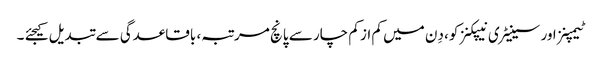
ٹیمپنز اور سینیٹری نیپکنز کو، دِن میں کم از کم چار سے پانچ مرتبہ، باقاعدگی سے تبدیل کیجئے ۔